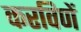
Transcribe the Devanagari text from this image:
करविणें